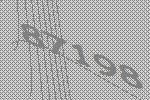
87198